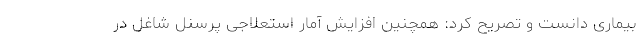
بیماری دانست و تصریح کرد: همچنین افزایش آمار استعلاجی پرسنل شاغل در